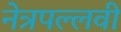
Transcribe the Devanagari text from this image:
नेत्रपल्लवी